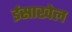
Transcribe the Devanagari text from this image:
ईसाखेल